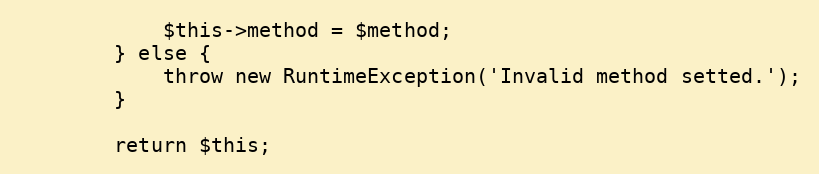
Language: PHP
			$this->method = $method;
		} else {
			throw new RuntimeException('Invalid method setted.');
		}

		return $this;